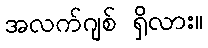
အလက်ဂျစ် ရှိလား။